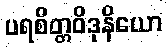
ပရစိတ္တဝိဒုနိယော